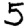
Digit: 5